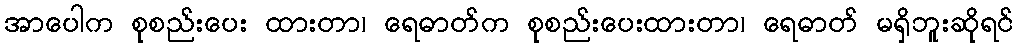
အာပေါက စုစည်းပေး ထားတာ၊ ရေဓာတ်က စုစည်းပေးထားတာ၊ ရေဓာတ် မရှိဘူးဆိုရင်